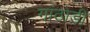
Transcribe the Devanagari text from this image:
गांठोडी